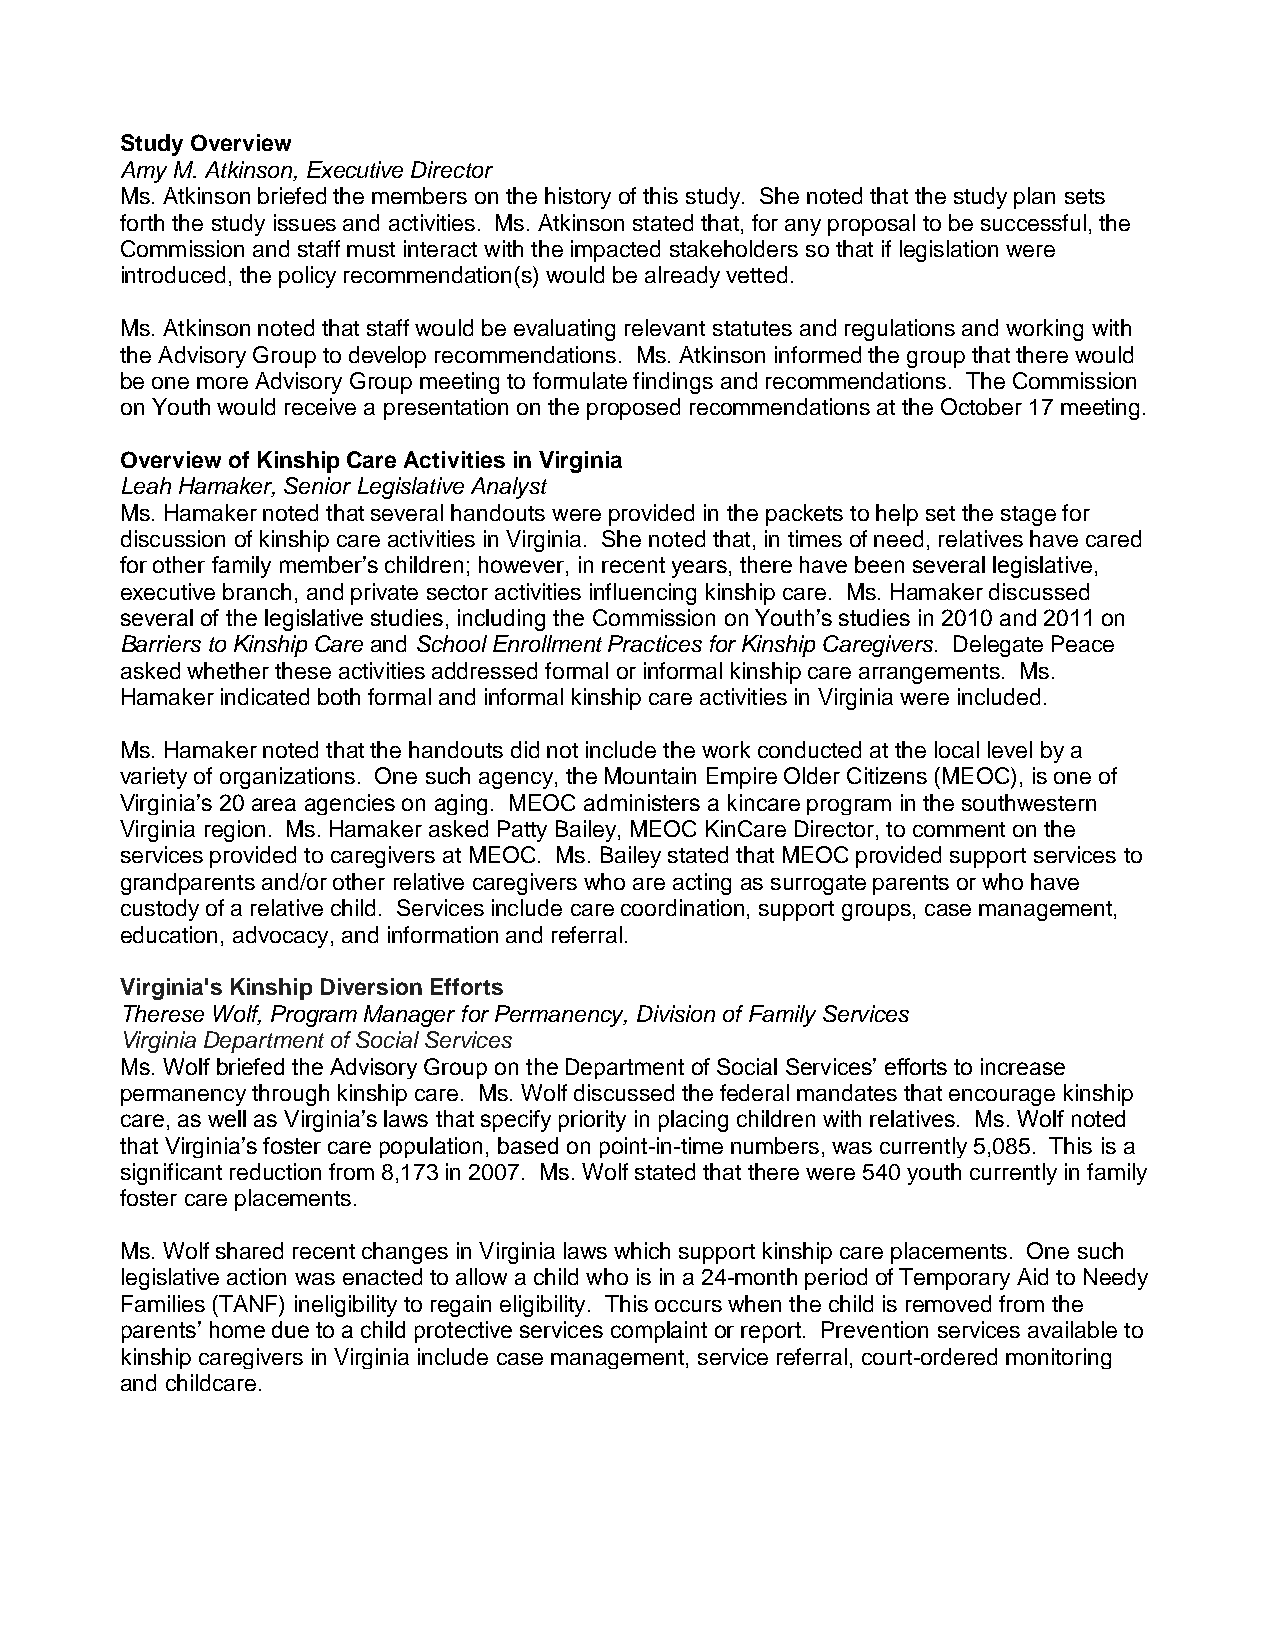
Study Overview
 Amy M. Atkinson, Executive Director
 Ms. Atkinson briefed the members on the history of this study. She noted that the study plan sets
 forth the study issues and activities. Ms. Atkinson stated that, for any proposal to be successful, the
 Commission and staff must interact with the impacted stakeholders so that if legislation were
 introduced, the policy recommendation(s) would be already vetted.
 Ms. Atkinson noted that staff would be evaluating relevant statutes and regulations and working with
 the Advisory Group to develop recommendations. Ms. Atkinson informed the group that there would
 be one more Advisory Group meeting to formulate findings and recommendations. The Commission
 on Youth would receive a presentation on the proposed recommendations at the October 17 meeting.
 Overview of Kinship Care Activities in Virginia
 Leah Hamaker, Senior Legislative Analyst
 Ms. Hamaker noted that several handouts were provided in the packets to help set the stage for
 discussion of kinship care activities in Virginia. She noted that, in times of need, relatives have cared
 for other family member’s children; however, in recent years, there have been several legislative,
 executive branch, and private sector activities influencing kinship care. Ms. Hamaker discussed
 several of the legislative studies, including the Commission on Youth’s studies in 2010 and 2011 on
 Barriers to Kinship Care and School Enrollment Practices for Kinship Caregivers. Delegate Peace
 asked whether these activities addressed formal or informal kinship care arrangements. Ms.
 Hamaker indicated both formal and informal kinship care activities in Virginia were included.
 Ms. Hamaker noted that the handouts did not include the work conducted at the local level by a
 variety of organizations. One such agency, the Mountain Empire Older Citizens (MEOC), is one of
 Virginia’s 20 area agencies on aging. MEOC administers a kincare program in the southwestern
 Virginia region. Ms. Hamaker asked Patty Bailey, MEOC KinCare Director, to comment on the
 services provided to caregivers at MEOC. Ms. Bailey stated that MEOC provided support services to
 grandparents and/or other relative caregivers who are acting as surrogate parents or who have
 custody of a relative child. Services include care coordination, support groups, case management,
 education, advocacy, and information and referral.
 Virginia's Kinship Diversion Efforts
 Therese Wolf, Program Manager for Permanency, Division of Family Services
 Virginia Department of Social Services
 Ms. Wolf briefed the Advisory Group on the Department of Social Services’ efforts to increase
 permanency through kinship care. Ms. Wolf discussed the federal mandates that encourage kinship
 care, as well as Virginia’s laws that specify priority in placing children with relatives. Ms. Wolf noted
 that Virginia’s foster care population, based on point-in-time numbers, was currently 5,085. This is a
 significant reduction from 8,173 in 2007. Ms. Wolf stated that there were 540 youth currently in family
 foster care placements.
 Ms. Wolf shared recent changes in Virginia laws which support kinship care placements. One such
 legislative action was enacted to allow a child who is in a 24-month period of Temporary Aid to Needy
 Families (TANF) ineligibility to regain eligibility. This occurs when the child is removed from the
 parents’ home due to a child protective services complaint or report. Prevention services available to
 kinship caregivers in Virginia include case management, service referral, court-ordered monitoring
 and childcare.